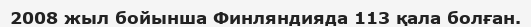
2008 жыл бойынша Финляндияда 113 қала болған.